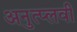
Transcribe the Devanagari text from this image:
अनुत्प्लवी